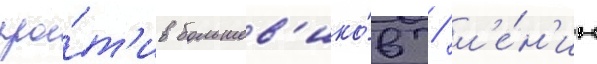
про́т'ив большев'ико́в / л'е́н'ин